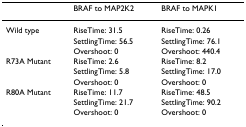
<table><thead><tr><td></td><td><b>BRAF to MAP2K2</b></td><td><b>BRAF to MAPK1</b></td></tr></thead><tbody><tr><td>Wild type</td><td>RiseTime: 31.5</td><td>RiseTime: 0.26</td></tr><tr><td></td><td>SettlingTime: 56.5</td><td>SettlingTime: 76.1</td></tr><tr><td></td><td>Overshoot: 0</td><td>Overshoot: 440.4</td></tr><tr><td>R73A Mutant</td><td>RiseTime: 2.6</td><td>RiseTime: 8.2</td></tr><tr><td></td><td>SettlingTime: 5.8</td><td>SettlingTime: 17.0</td></tr><tr><td></td><td>Overshoot: 0</td><td>Overshoot: 0</td></tr><tr><td>R80A Mutant</td><td>RiseTime: 11.7</td><td>RiseTime: 48.5</td></tr><tr><td></td><td>SettlingTime: 21.7</td><td>SettlingTime: 90.2</td></tr><tr><td></td><td>Overshoot: 0</td><td>Overshoot: 0</td></tr></tbody></table>